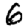
Digit: 6